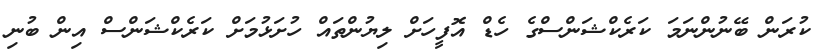
ކުރަން ބޭނުންނަމަ ކަރެކްޝަންސްގެ ހެޑް އޮފީހަށް ލިޔުންތައް ހުށަޅުމަށް ކަރެކްޝަންސް އިން ބުނި